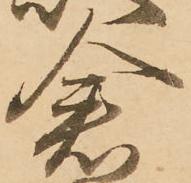
倉